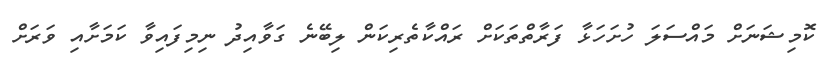
ކޮމިޝަނަށް މައްސަލަ ހުށަހަޅާ ފަރާތްތަކަށް ރައްކާތެރިކަން ލިބޭނެ ގަވާއިދު ނިމިފައިވާ ކަމަށާއި ވަރަށް